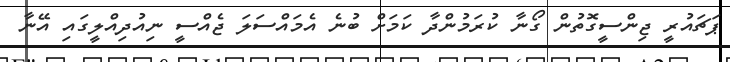
ޕަޗައުރީ ޖިންސީގޮތުން ގޯނާ ކުރަމުންދާ ކަމަށް ބުނެ އެމައްސަލަ ޖެއްސީ ނިއުދިއްލީގައި އޭނާ